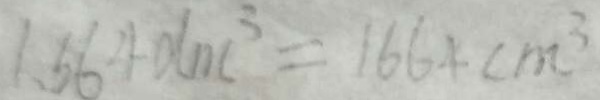
1 . 5 6 4 d m ^ { 3 } = 1 6 6 4 c m ^ { 3 }